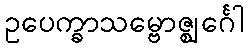
ဥပေက္ခာသမ္ဗောဇ္ဈင်္ဂေါ